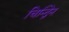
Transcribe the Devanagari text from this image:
चिन्द्विन